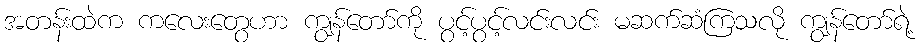
အတန်းထဲက ကလေးတွေဟာ ကျွန်တော်ကို ပွင့်ပွင့်လင်းလင်း မဆက်ဆံကြသလို ကျွန်တော်ရဲ့